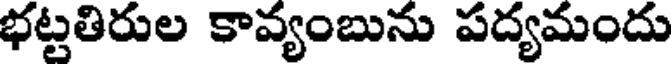
భట్టతిరుల కావ్యంబును పద్యమందు